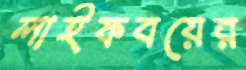
লাইফবয়ের